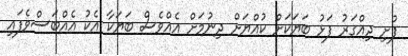
ފުށި ދިއްގަރު ފަޅު ބަޔަކަށް ކުއްޔަށް ދިނުމަށް އެއްވެސް ބަޔަކާ އެކު އެއްބަސްވެފައި